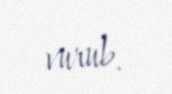
vurub.